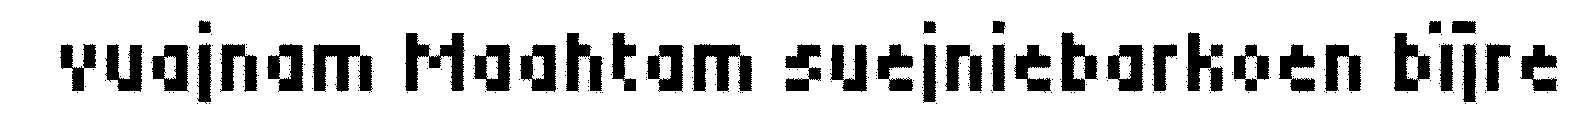
vuajnam Maahtam suejniebarkoen bïjre